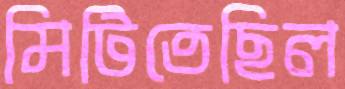
মিটিতেছিল